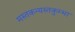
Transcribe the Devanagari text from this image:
मस्तकन्यस्तकुम्भा